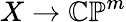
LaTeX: X\to\mathbb{CP}^{m}